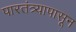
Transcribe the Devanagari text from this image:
पारतंत्र्यापासून